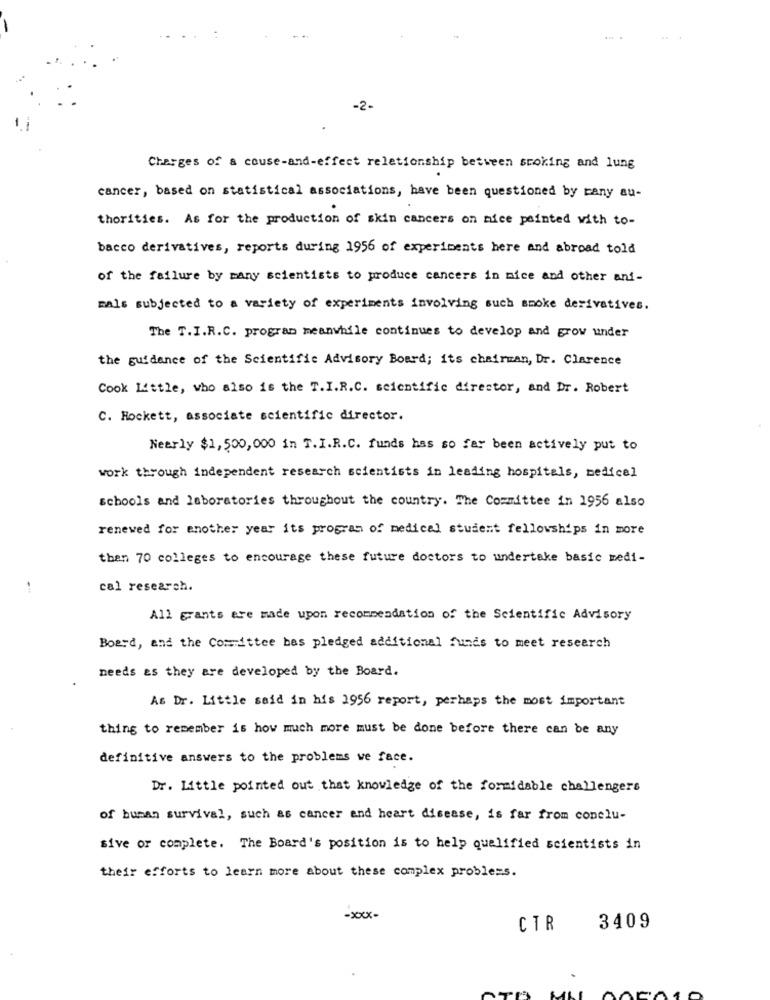
-2-
Charges of & couse-and-effect relationship between stoking and lung
cancer, based on statistical associations, have been questioned by many au-
thorities. As for the production of skin cancers on nice painted with to-
bacco derivatives, reports during 1956 of experiments here and abroad told
of the failure by many scientists to produce cancers in mice and other ani-
mals subjected to a variety of experiments involving such smoke derivatives.
The T.I.R.C. program meanwhile continues to develop and grow under
the guidance of the Scientific Advisory Board; its chairman, Dr. Clarence
Cook Little, who also is the T.I.R.C. scientific director, and Dr. Robert
C. Hockett, associate scientific director.
Nearly $1, 500,000 in T.I.R.C. funds has so far been actively put to
work through independent research scientists in leading hospitals, medical
schools and laboratories throughout the country. The Committee in 1956 also
renewed for another year its program of medical student fellowships in more
then 70 colleges to encourage these future doctors to undertake basic medi-
."
cal research.
All grants are made upon recommendation of the Scientific Advisory
Board, and the Committee bas pledged additional funds to meet research
needs as they are developed by the Board.
As Dr. Little said in his 1956 report, perhaps the most important
thing to remember is how much more must be done before there can be any
definitive answers to the problems we face.
Dr. Little pointed out that knowledge of the formidable challengers
of human survival, such as cancer and heart disease, is far from conclu-
sive or complete. The Board's position is to help qualified scientists in
their efforts to learn more about these complex problems.
-xxx-
CTR
3409